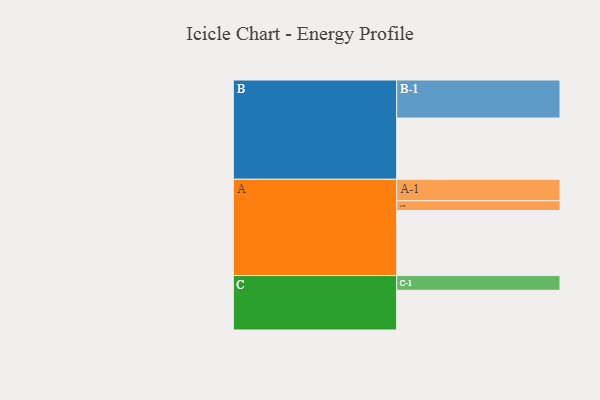
{"axis": {"x": "Segment", "y": "Value"}, "legend": ["", "A", "B", "C"], "data": [{"x": "A", "y": 496, "type": ""}, {"x": "B", "y": 467, "type": ""}, {"x": "C", "y": 303, "type": ""}, {"x": "A-1", "y": 164, "type": "A"}, {"x": "A-2", "y": 74, "type": "A"}, {"x": "B-1", "y": 290, "type": "B"}, {"x": "C-1", "y": 112, "type": "C"}]}